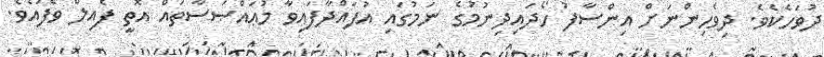
ދުވަހެކެވެ. ދިވެހިންނަށް އިންސާފު ހޯދައިދިނުމުގެ ނަމުގައި އުފައްދާފައިވާ މުޢައްޞަސާތައް އޮތީ ފެއިލް ވެފައެވެ.